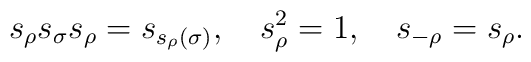
{s}_{\rho}{s}_{\sigma}{s}_{\rho}   ={s}_{s_{\rho}(\sigma)},\quad{s}_{\rho}^2=1,\quad {s}_{-\rho}={s}_{\rho}.